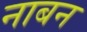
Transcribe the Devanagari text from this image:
नाबन